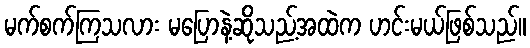
မက်စက်ကြသလား မပြောနဲ့ဆိုသည့်အထဲက ဟင်းမယ်ဖြစ်သည်။